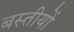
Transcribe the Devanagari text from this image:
बस्तीयों